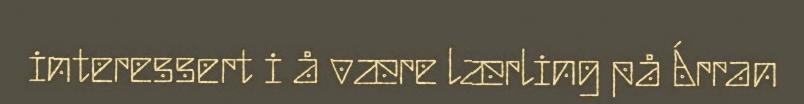
interessert i å være lærling på Árran